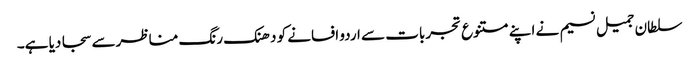
سلطان جمیل نسیم نے اپنے متنوع تجربات سے اردو افسانے کو دھنک رنگ مناظرسے سجا دیا ہے۔